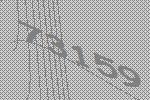
73159